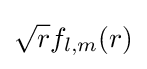
{\sqrt {r}}f_{l,m}(r)